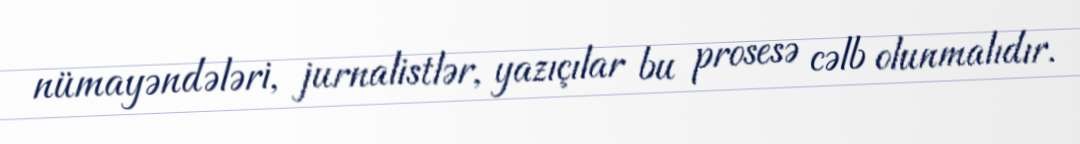
nümayəndələri, jurnalistlər, yazıçılar bu prosesə cəlb olunmalıdır.